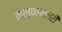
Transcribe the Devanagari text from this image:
कल्पवल्लरी